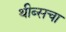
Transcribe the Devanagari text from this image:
थीब्सचा